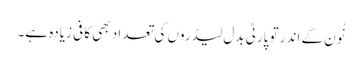
نُون کے اندر تو پارٹی بدل لیڈروں کی تعداد بھی کافی زیادہ ہے۔